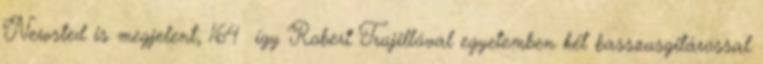
Newsted is megjelent, 164 így Robert Trujillóval egyetemben két basszusgitárossal